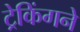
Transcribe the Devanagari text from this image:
ट्रेकिंगने